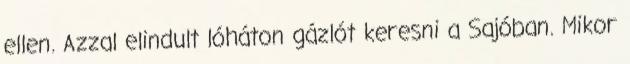
ellen. Azzal elindult lóháton gázlót keresni a Sajóban. Mikor